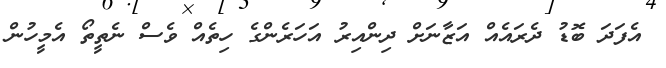
އެފަދަ ބޮޑު ދެރައެއް އަޒާނަށް ދިންއިރު އަހަރެންގެ ހިތެއް ވެސް ނެތީތޯ އެމީހުން